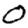
Digit: 0